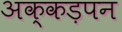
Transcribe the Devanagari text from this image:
अक्कड़पन